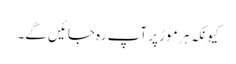
کیونکہ ہر موڑ پر آپ رہ جائیں گے۔